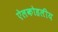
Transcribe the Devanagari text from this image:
ऐलकोहलीय